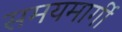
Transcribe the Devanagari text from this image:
समयमार्गी